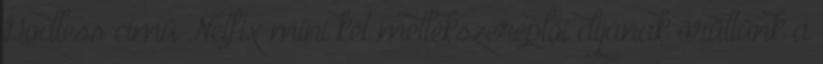
Godless című Netfix mini két mellékszereplői díjának örültünk a